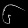
Digit: ၆